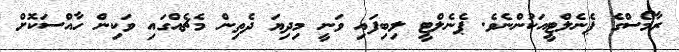
ރާމޯސްގެ ޕެނެލްޓީއަކުންނެވެ. ޕެނެލްޓީ ލިބިފައި ވަނީ މިދިޔަ ދެތިން މެޗެއްގައި ވަކިން ހާއްސަކޮށް